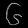
Digit: ၆